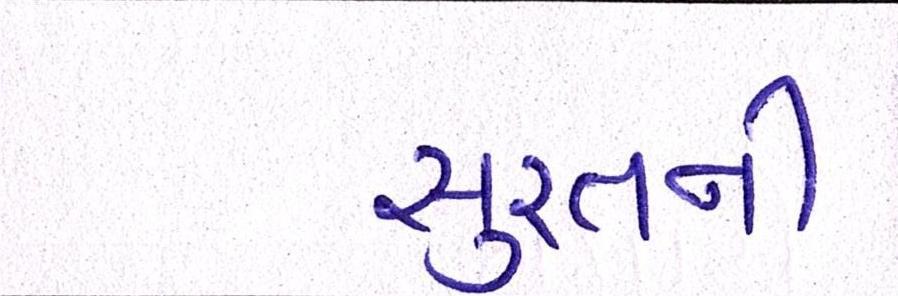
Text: સુરતની